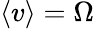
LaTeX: \left\langle v\right\rangle=\Omega